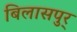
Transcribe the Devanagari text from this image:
बिलासपुर्